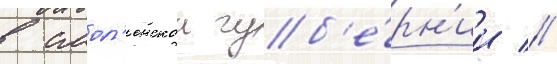
в смол'енскои губ'е́рн'ии //